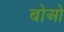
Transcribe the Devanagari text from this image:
बोओ